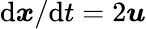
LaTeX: \mathrm{d}\boldsymbol{x}/\mathrm{d}t=2\boldsymbol{u}